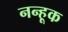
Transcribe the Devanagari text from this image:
नन्हूक